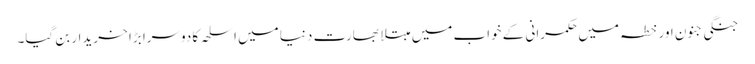
جنگی جنون اور خطہ میں حکمرانی کے خواب میں مبتلا بھارت دنیا میں اسلحہ کا دوسرا بڑا خریدار بن گیا۔